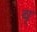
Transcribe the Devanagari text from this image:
ब्‌